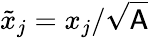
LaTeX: \tilde{x}_{j}=x_{j}/\sqrt{\mathsf{A}}